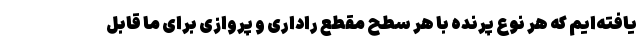
یافته‌ایم که هر نوع پرنده با هر سطح مقطع راداری و پروازی برای ما قابل